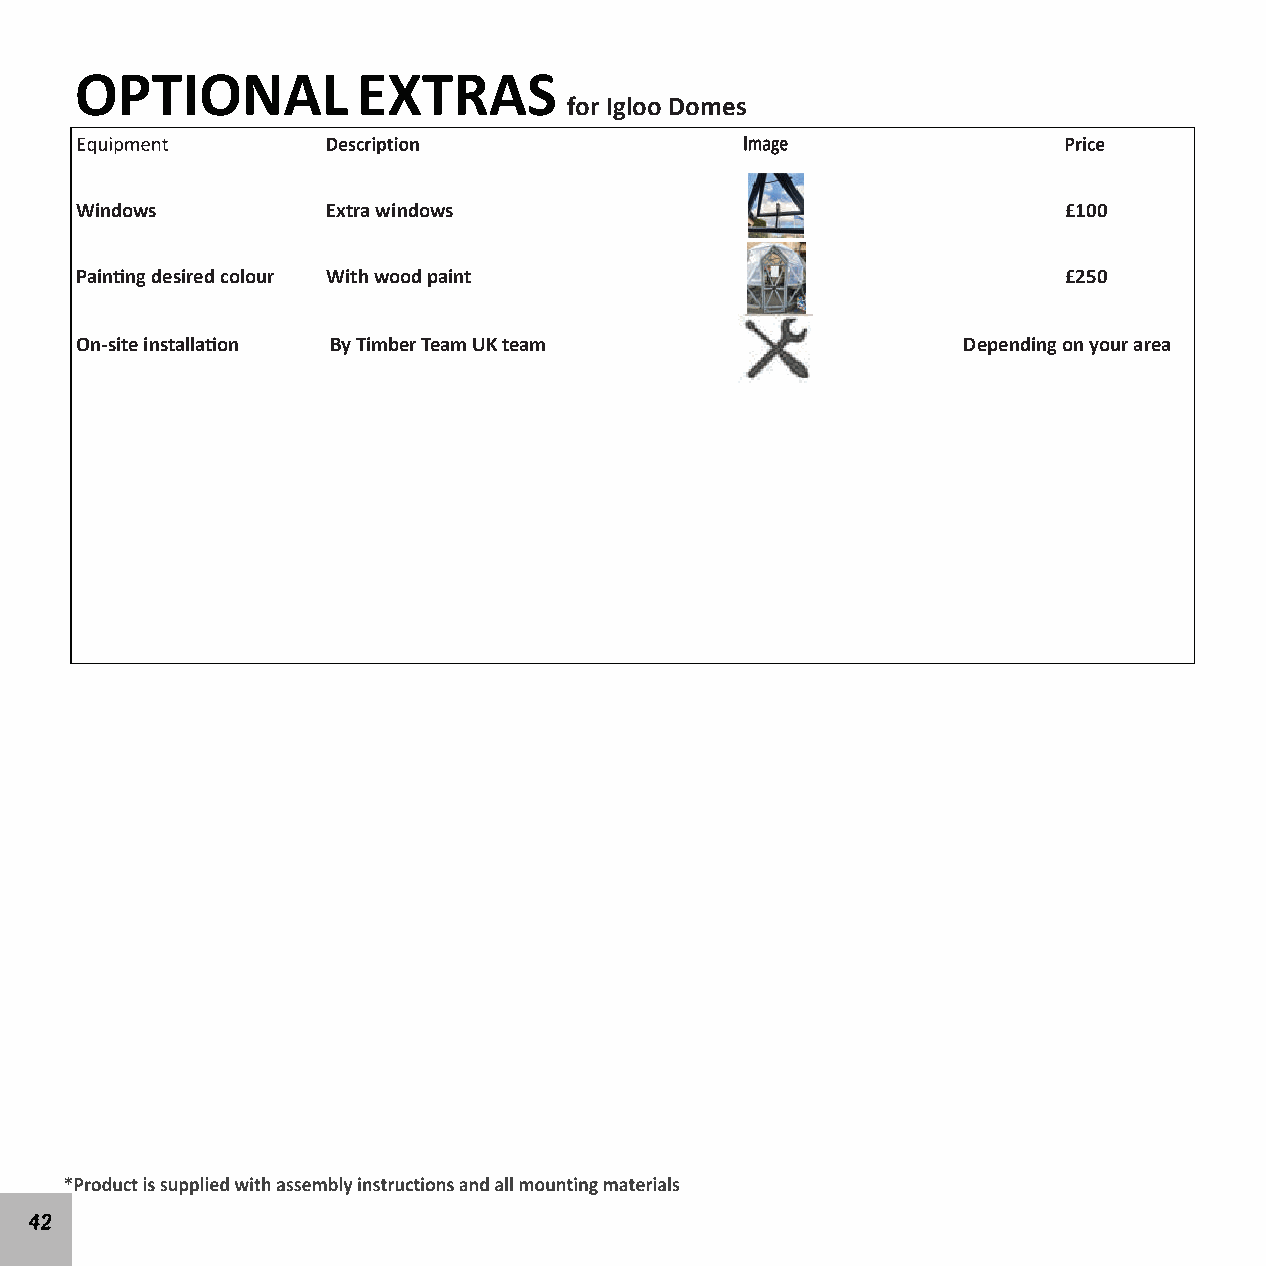
for Igloo Domes
 Windows          Extra windows                                    £100
 Pain�ng desired colour With wood paint                            £250
 On-site installa�on By Timber Team UK team                 Depending on your area